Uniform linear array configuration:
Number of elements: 64
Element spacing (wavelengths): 0.5
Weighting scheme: uniform
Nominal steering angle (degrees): -15
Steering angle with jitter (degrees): -13.376
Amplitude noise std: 0.05
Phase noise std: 0.05

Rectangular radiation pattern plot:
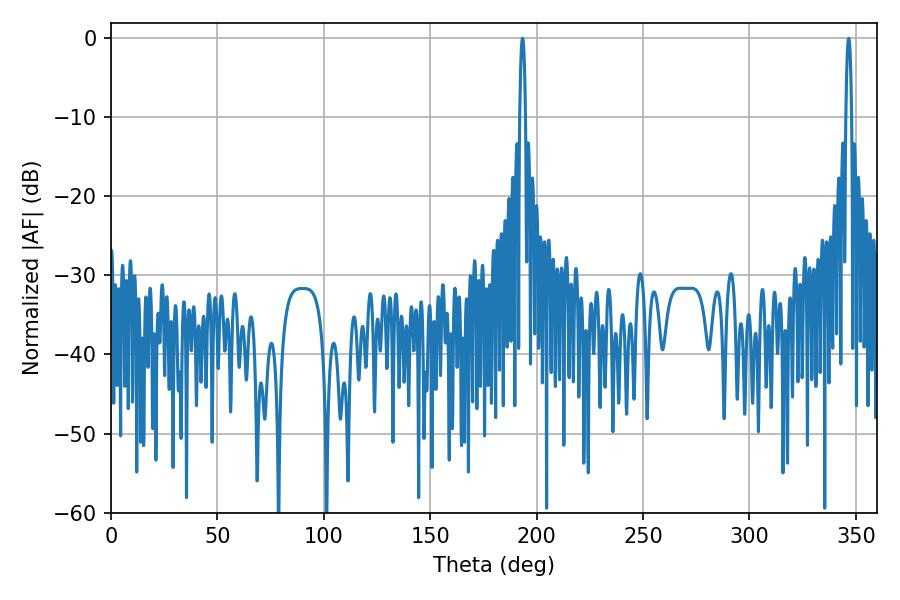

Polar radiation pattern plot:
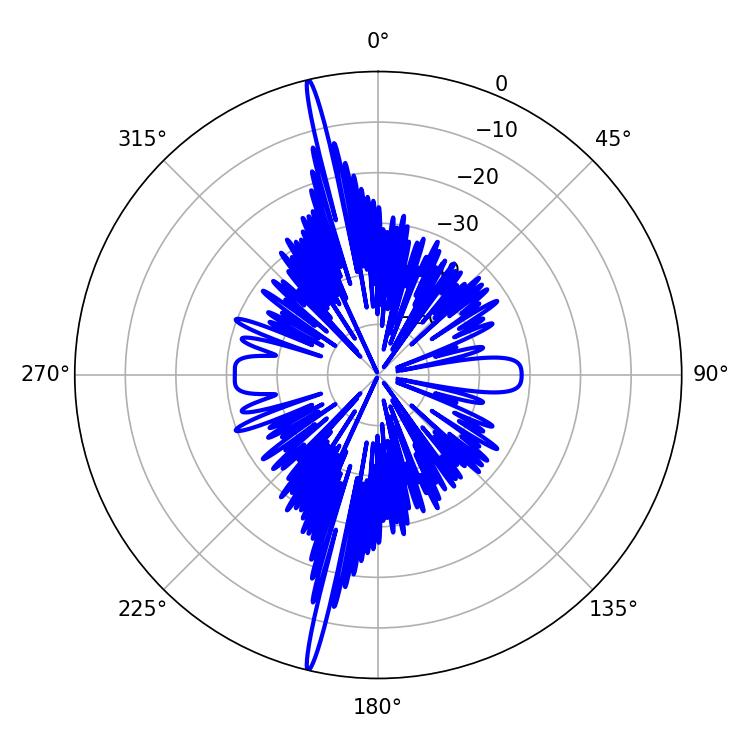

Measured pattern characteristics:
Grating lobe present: FALSE
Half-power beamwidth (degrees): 1.44
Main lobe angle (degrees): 193.32